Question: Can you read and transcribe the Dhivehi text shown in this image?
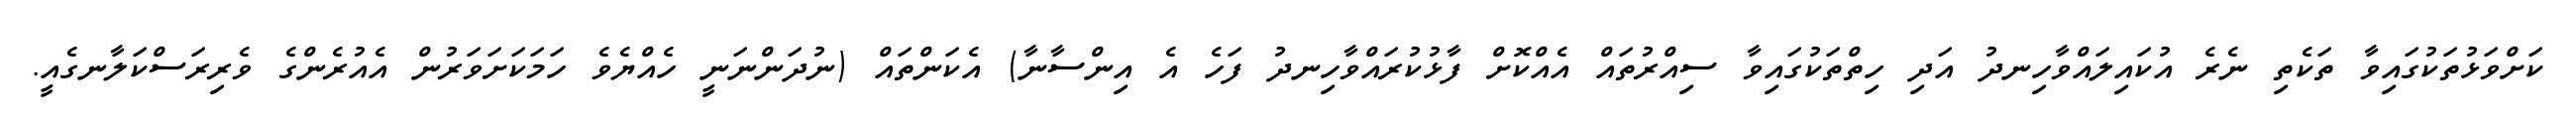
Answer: ކަށްވަޅުތަކުގައިވާ ތަކެތި ނެރެ އުކައިލައްވާހިނދު އަދި ހިތްތަކުގައިވާ ސިއްރުތައް އެއްކޮށް ފާޅުކުރައްވާހިނދު ފަހެ އެ އިންސާނާ) އެކަންތައް (ނުދަންނަނީ ހެއްޔެވެ ހަމަކަށަވަރުން އެއުރެންގެ ވެރިރަސްކަލާނގެއީ.